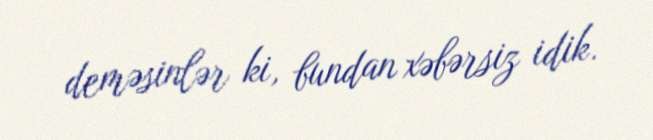
deməsinlər ki, bundan xəbərsiz idik.